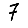
Digit: 7